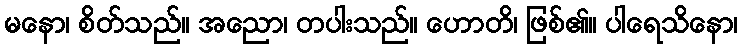
မနော၊ စိတ်သည်။ အညော၊ တပါးသည်။ ဟောတိ၊ ဖြစ်၏။ ပါရေသိနော၊